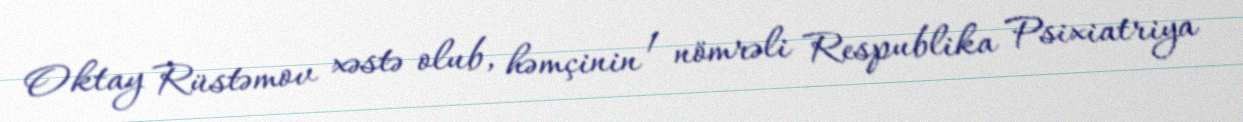
Oktay Rüstəmov xəstə olub, həmçinin 1 nömrəli Respublika Psixiatriya